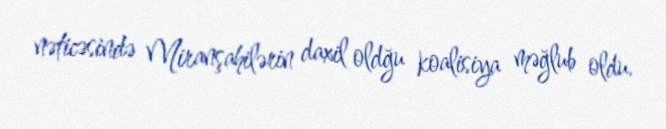
nəticəsində Miranşahilərin daxil oldğu koalisiya məğlub oldu.